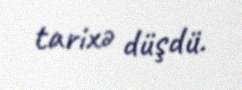
tarixə düşdü.